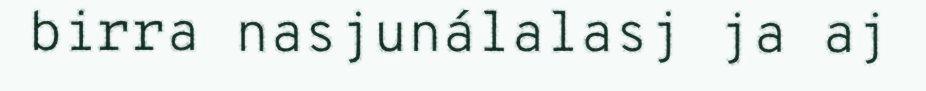
birra nasjunálalasj ja aj